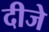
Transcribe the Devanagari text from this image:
दीजे